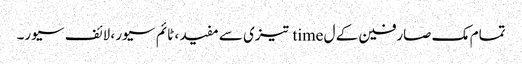
تمام مک صارفین کے ل time تیزی سے مفید ، ٹائم سیور ، لائف سیور۔